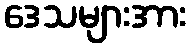
ဒေသများအား